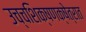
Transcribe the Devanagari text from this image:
उच्चशिक्षणक्षेत्रात